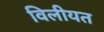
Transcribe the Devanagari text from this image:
विलीयत